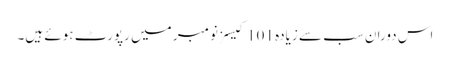
اس دوران سب سے زیادہ 101 کیسز نومبر میں رپورٹ ہوئے ہیں۔